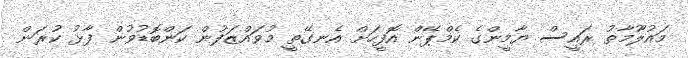
މައުލޫމާތު ރައީސް ޔާމީންގެ ކެމްޕޭން އޮފީހަށް އެނގޭތީ މުވައްޒަފުން ކަންބޮޑުވުން ފާޅު ކުރަން